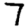
Digit: 7